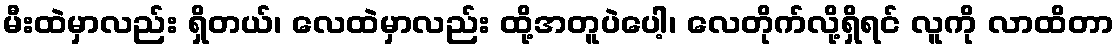
မီးထဲမှာလည်း ရှိတယ်၊ လေထဲမှာလည်း ထို့အတူပဲပေါ့၊ လေတိုက်လို့ရှိရင် လူကို လာထိတာ